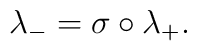
\lambda_- = \sigma \circ \lambda_+.